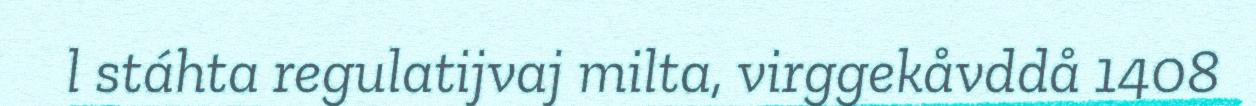
l stáhta regulatijvaj milta, virggekåvddå 1408